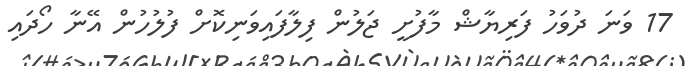
17 ވަނަ ދުވަހު ފަރިޔާޝް މާފުށީ ޖަލުން ފިލާފައިވަނިކޮށް ފުލުހުން އޭނާ ހޯދައި